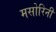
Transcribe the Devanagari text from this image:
मसोरिनी